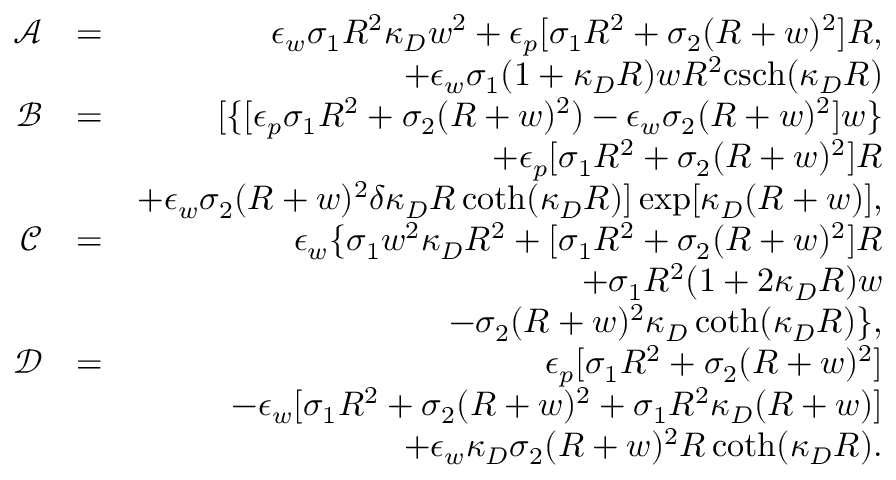
\begin{array} { r l r } { \mathcal { A } } & { = } & { \epsilon _ { w } \sigma _ { 1 } R ^ { 2 } \kappa _ { D } w ^ { 2 } + \epsilon _ { p } [ \sigma _ { 1 } R ^ { 2 } + \sigma _ { 2 } ( R + w ) ^ { 2 } ] R , } \\ & { } & { + \epsilon _ { w } \sigma _ { 1 } ( 1 + \kappa _ { D } R ) w R ^ { 2 } \mathrm { c s c h } ( \kappa _ { D } R ) } \\ { \mathcal { B } } & { = } & { [ \{ [ \epsilon _ { p } \sigma _ { 1 } R ^ { 2 } + \sigma _ { 2 } ( R + w ) ^ { 2 } ) - \epsilon _ { w } \sigma _ { 2 } ( R + w ) ^ { 2 } ] w \} } \\ & { } & { + \epsilon _ { p } [ \sigma _ { 1 } R ^ { 2 } + \sigma _ { 2 } ( R + w ) ^ { 2 } ] R } \\ & { } & { + \epsilon _ { w } \sigma _ { 2 } ( R + w ) ^ { 2 } \delta \kappa _ { D } R \coth ( \kappa _ { D } R ) ] \exp [ \kappa _ { D } ( R + w ) ] , } \\ { \mathcal { C } } & { = } & { \epsilon _ { w } \{ \sigma _ { 1 } w ^ { 2 } \kappa _ { D } R ^ { 2 } + [ \sigma _ { 1 } R ^ { 2 } + \sigma _ { 2 } ( R + w ) ^ { 2 } ] R } \\ & { } & { + \sigma _ { 1 } R ^ { 2 } ( 1 + 2 \kappa _ { D } R ) w } \\ & { } & { - \sigma _ { 2 } ( R + w ) ^ { 2 } \kappa _ { D } \coth ( \kappa _ { D } R ) \} , } \\ { \mathcal { D } } & { = } & { \epsilon _ { p } [ \sigma _ { 1 } R ^ { 2 } + \sigma _ { 2 } ( R + w ) ^ { 2 } ] } \\ & { } & { - \epsilon _ { w } [ \sigma _ { 1 } R ^ { 2 } + \sigma _ { 2 } ( R + w ) ^ { 2 } + \sigma _ { 1 } R ^ { 2 } \kappa _ { D } ( R + w ) ] } \\ & { } & { + \epsilon _ { w } \kappa _ { D } \sigma _ { 2 } ( R + w ) ^ { 2 } R \coth ( \kappa _ { D } R ) . } \end{array}